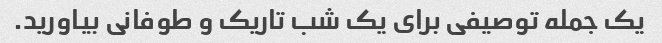
یک جمله توصیفی برای یک شب تاریک و طوفانی بیاورید.